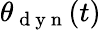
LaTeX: \theta_{\mathrm{~d~y~n~}}(t)